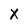
Character: X